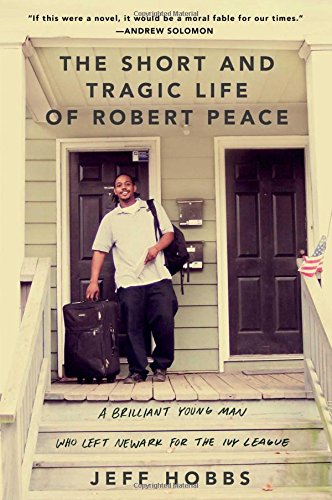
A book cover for The Short and Tragic Life of Robert Peace: A Brilliant Young Man Who Left Newark for the Ivy League; Jeff Hobbs; Biographies & Memoirs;